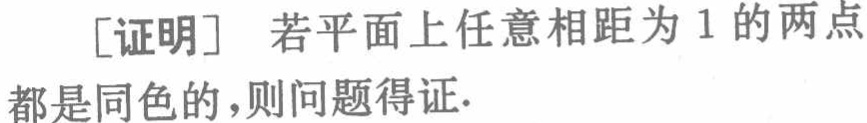
[证明] 若平面上任意相距为 1 的两点

都是同色的，则问题得证.